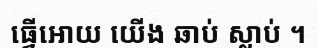
ធ្វើអោយ យើង ឆាប់ ស្លាប់ ។